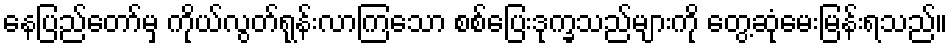
နေပြည်တော်မှ ကိုယ်လွတ်ရုန်းလာကြသော စစ်ပြေးဒုက္ခသည်များကို တွေ့ဆုံမေးမြန်းရသည်။